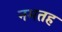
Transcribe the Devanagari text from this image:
नमतह